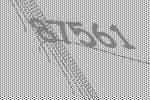
87561